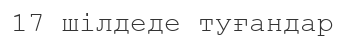
17 шілдеде туғандар